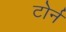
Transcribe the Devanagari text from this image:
टोर्न